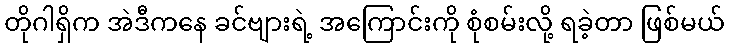
တိုဂါရှိက အဲဒီကနေ ခင်ဗျားရဲ့ အကြောင်းကို စုံစမ်းလို့ ရခဲ့တာ ဖြစ်မယ်